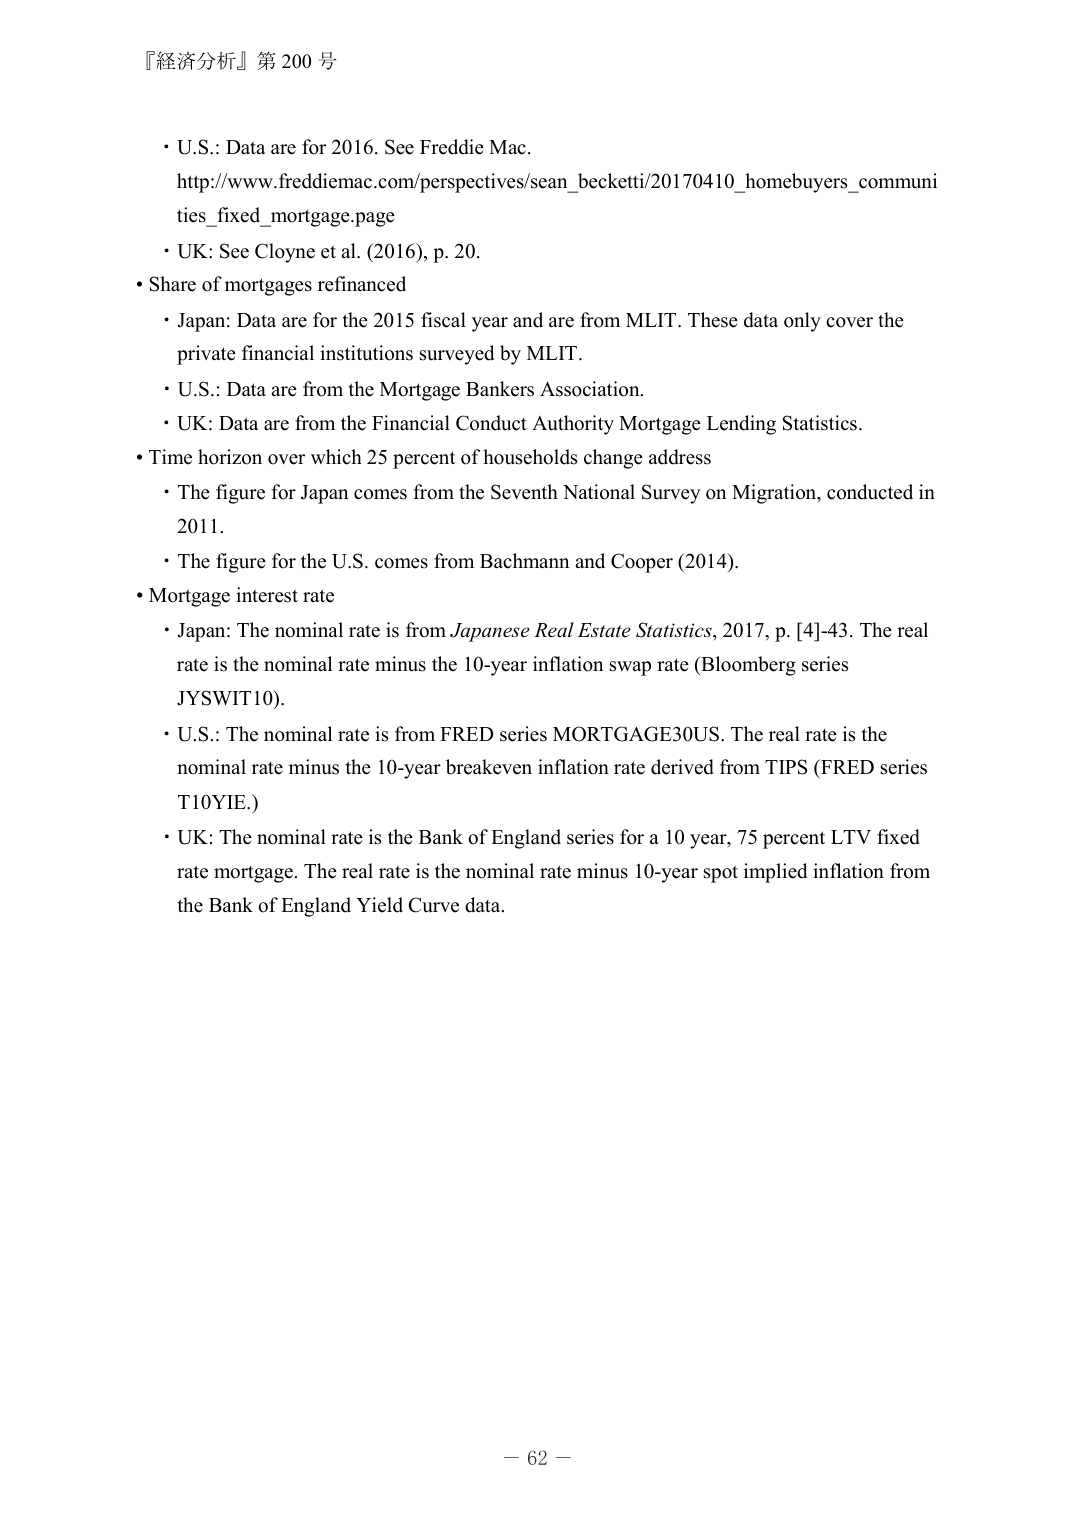
『経済分析』第 200 号

・U.S.: Data are for 2016. See Freddie Mac.
http://www.freddiemac.com/perspectives/sean_becketti/20170410_homebuyers_communities_fixed_mortgage.page
・UK: See Cloyne et al. (2016), p. 20.
・Share of mortgages refinanced
・Japan: Data are for the 2015 fiscal year and are from MLIT. These data only cover the private financial institutions surveyed by MLIT.
・U.S.: Data are from the Mortgage Bankers Association.
・UK: Data are from the Financial Conduct Authority Mortgage Lending Statistics.
・Time horizon over which 25 percent of households change address
・The figure for Japan comes from the Seventh National Survey on Migration, conducted in 2011.
・The figure for the U.S. comes from Bachmann and Cooper (2014).
・Mortgage interest rate
・Japan: The nominal rate is from Japanese Real Estate Statistics, 2017, p. [4]-43. The real rate is the nominal rate minus the 10-year inflation swap rate (Bloomberg series JYSWIT10).
・U.S.: The nominal rate is from FRED series MORTGAGE30US. The real rate is the nominal rate minus the 10-year breakeven inflation rate derived from TIPS (FRED series T10YIE.)
・UK: The nominal rate is the Bank of England series for a 10 year, 75 percent LTV fixed rate mortgage. The real rate is the nominal rate minus 10-year spot implied inflation from the Bank of England Yield Curve data.

－ 62 －